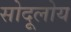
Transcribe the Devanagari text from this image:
सोदूलोय